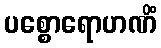
ပစ္စောရောဟဏိံ